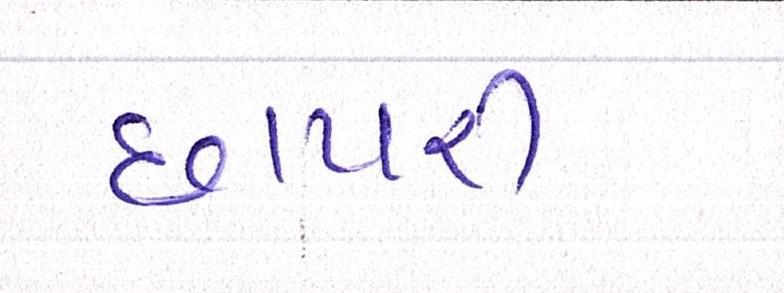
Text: છાપરી